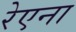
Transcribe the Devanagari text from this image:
रेएना